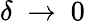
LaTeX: \delta\ \rightarrow\ 0